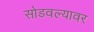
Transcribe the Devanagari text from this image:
सोडवल्यावर